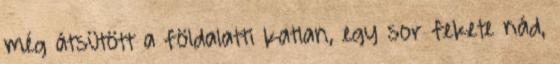
még átsütött a földalatti katlan, egy sor fekete nád,